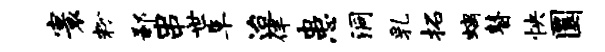
寰粉鄙串世阜迨伴患洞乳拓螭瞽怏圜